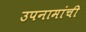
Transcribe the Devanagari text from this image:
उपनामांची